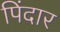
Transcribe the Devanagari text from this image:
पिंदार